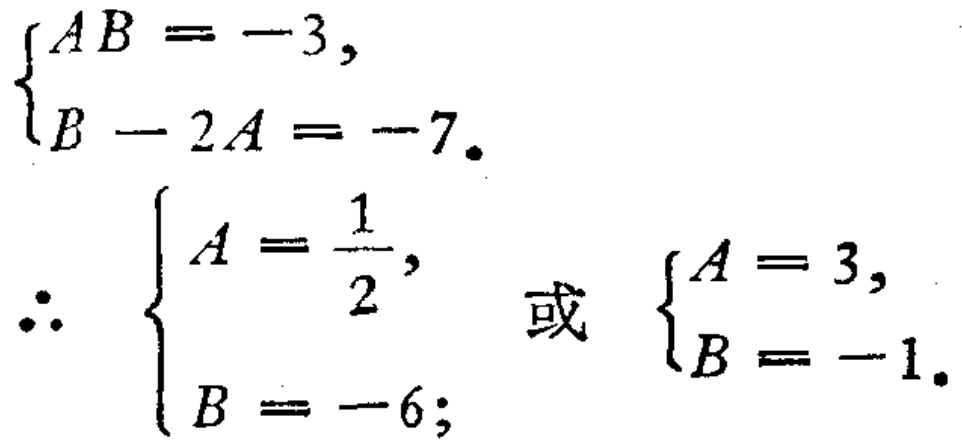
\[\begin{cases}

AB = - 3,\\

B - 2A = - 7.

\end{cases}\]

\[\therefore \begin{cases}

A=\frac{1}{2},\\

B = - 6;

\end{cases}\text{ 或 } \begin{cases}

A = 3,\\

B = - 1.

\end{cases}\]